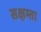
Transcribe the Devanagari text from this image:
सक्षम्ता